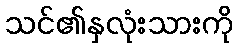
သင်၏နှလုံးသားကို